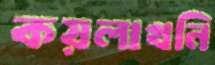
কয়লাখনি